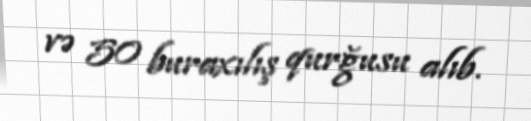
və 50 buraxılış qurğusu alıb.